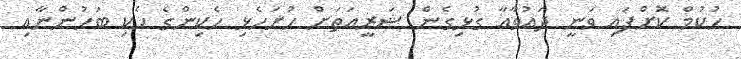
ހުކުމް ކޮށްފައި ވަނީ ދައުވާއާ ގުޅިގެން ޝަރީއަތަށް ހުށަހެޅި ހެކިންގެ ހެކި ބަހުންނާއި